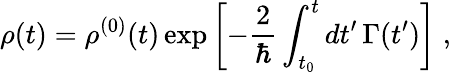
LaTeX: \rho(t)=\rho^{(0)}(t)\exp\left[-\frac{2}{\hbar}\int_{t_{0}}^{t}dt^{\prime}\, \Gamma(t^{\prime})\right]\; ,